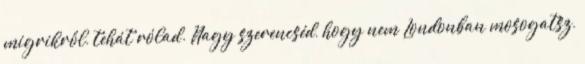
migrikről, tehát rólad. Nagy szerencséd, hogy nem Londonban mosogatsz,